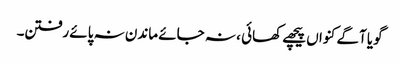
گویا آگے کنواں پیچھے کھائی ، نہ جائے ماندن نہ پائے رفتن۔